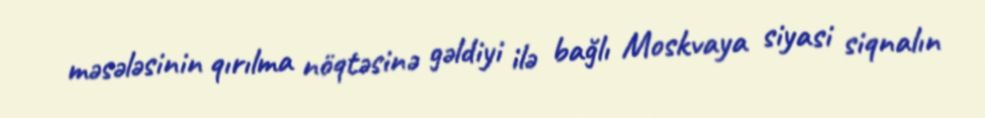
məsələsinin qırılma nöqtəsinə gəldiyi ilə bağlı Moskvaya siyasi siqnalın